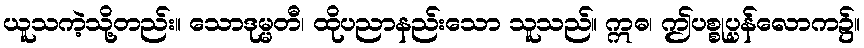
ယူသကဲ့သို့တည်း။ သောဒုမ္မတီ၊ ထိုပညာနည်းသော သူသည်။ ဣဓ၊ ဤပစ္စုပ္ပန်လောက၌။